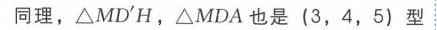
同理，$\triangle MD'H$，$\triangle MDA$ 也是 $(3,4,5)$ 型